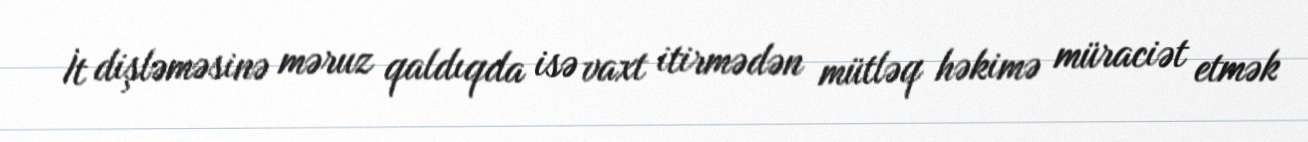
İt dişləməsinə məruz qaldıqda isə vaxt itirmədən mütləq həkimə müraciət etmək